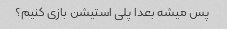
پس میشه بعدا پلی استیشن بازی کنیم؟